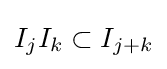
I_{j}I_{k}\subset I_{j+k}